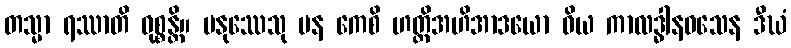
တသ္မာ ရဿာတိ ဝုစ္စန္တိ။ မနုဿေသု ပန ကေစိ ဟတ္ထိအဟိအာဒယော ဝိယ ကာလဒ္ဓါနဝသေန ဒီဃံ